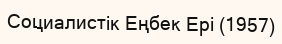
Социалистік Еңбек Ері (1957)